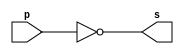
// -------------------------
// Exemplo0002 - NOT
// Nome: Matheus Filipe Sieiro Vargas
// -------------------------
// -------------------------
// -- not gate
// -------------------------
module notgate (output s,
                         input  p);
assign s = ~p;
endmodule // notgate
// -------------------------
// -- test not gate
// -------------------------
module testnotgate;
// ------------------------- dados locais
   reg    a;   // definir registrador
                 // (variavel independente)
   wire   s;   // definir conexao (fio)
                 // (variavel dependente  )
// ------------------------- instancia
   notgate NOT1 (s, a);
// ------------------------- preparacao
   initial begin:start
      a=0;     // valor inicial
   end
// ------------------------- parte principal
   initial begin
         $display("Exemplo0002 - Matheus Filipe Sieiro Vargas - 451601");
         $display("Test NOT gate");
$display("\n~a = s\n");
           a=0;
  #1   $display("~%b = %b", a, s);
           a=1;
  #1   $display("~%b = %b", a, s);
   end
endmodule // testnotgate